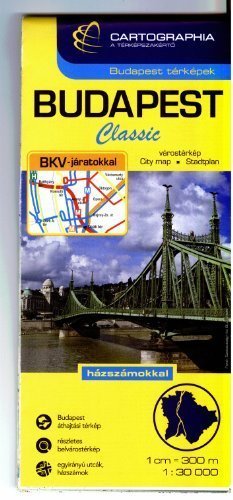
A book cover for Budapest, Complete City Map; Cartographia; Travel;